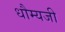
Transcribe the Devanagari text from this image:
धौम्यजी